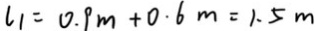
l _ { 1 } = 0 . 9 m + 0 . 6 m = 1 . 5 m